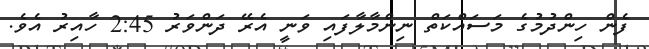
ފެން ހިންދުމުގެ މަސައްކަތް ނިންމާލާފައި ވަނީ އެރޭ ދަންވަރު 2:45 ހާއިރު އެވެ.